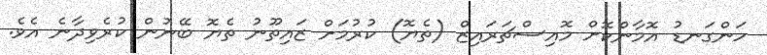
ހަންގަނޑު އޮމާންކޮށް މޮއިސްޗަރައިޒް (ތެޔޮ) ކުރުމަށް ޒައިތޫނު ތެޔޮ ބޭނުން ކުރެވިދާނެ އެވެ.